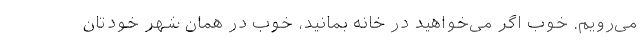
می‌رویم. خوب اگر می‌خواهید در خانه بمانید، خوب در همان شهر خودتان